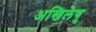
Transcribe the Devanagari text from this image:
अखिलेषु